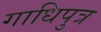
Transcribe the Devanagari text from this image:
गाधिपुत्र